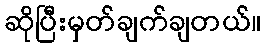
ဆိုပြီးမှတ်ချက်ချတယ်။